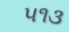
૫૧૩